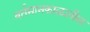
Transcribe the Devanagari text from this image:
वर्तमानकाळातील